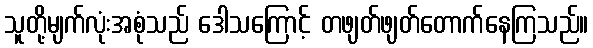
သူတို့မျက်လုံးအစုံသည် ဒေါသကြောင့် တဖျတ်ဖျတ်တောက်နေကြသည်။